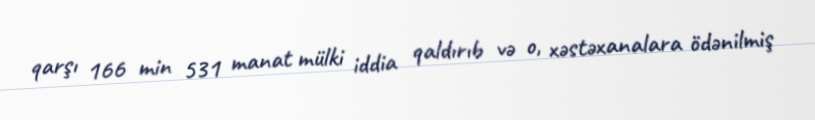
qarşı 166 min 531 manat mülki iddia qaldırıb və o, xəstəxanalara ödənilmiş